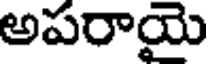
అపరాయై